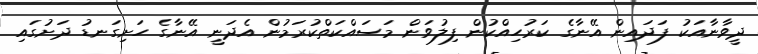
ދީވާނާއަކު ފަދައިން އޭނާގެ ކަރުހިއްކުން ފިލުވަން މަސައްކަތްކުރަމުން އެދަނީ އޭނާގެ ހަށިގަނޑު ދަށުގައި